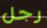
رجل